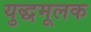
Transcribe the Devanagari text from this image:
युद्धमूलक